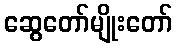
ဆွေတော်မျိုးတော်